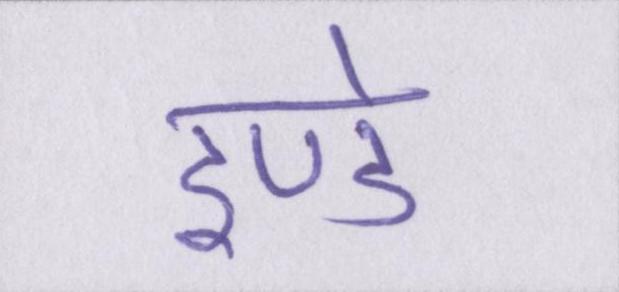
डण्डे